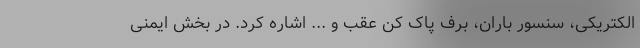
الکتریکی، سنسور باران، برف پاک کن عقب و ... اشاره کرد. در بخش ایمنی